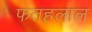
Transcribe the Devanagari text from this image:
फतहलाल